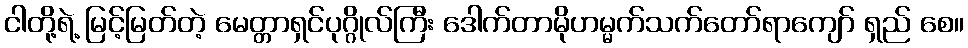
ငါတို့ရဲ့ မြင့်မြတ်တဲ့ မေတ္တာရှင်ပုဂ္ဂိုလ်ကြီး ဒေါက်တာမိုဟမ္မက်သက်တော်ရာကျော် ရှည် စေ။